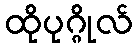
ထိုပုဂ္ဂိုလ်